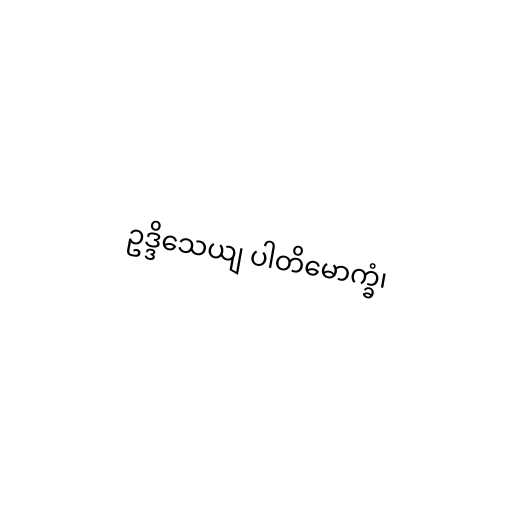
ဥဒ္ဒိသေယျ ပါတိမောက္ခံ၊